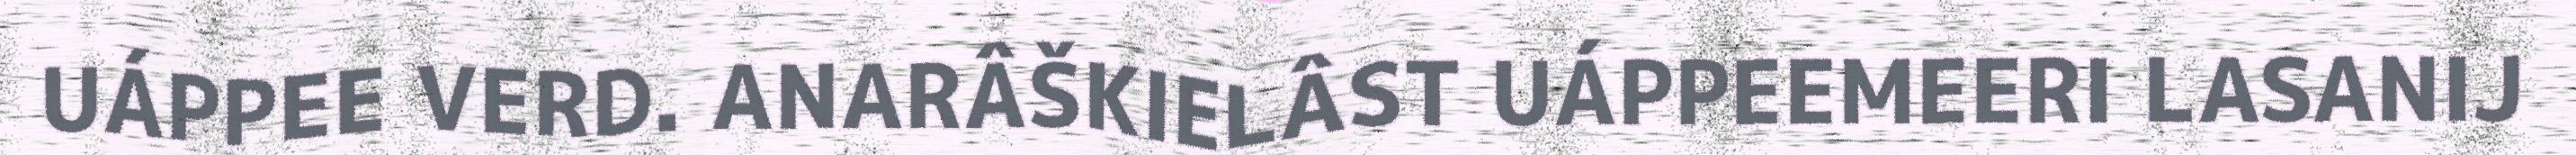
UÁPPEE VERD. ANARÂŠKIELÂST UÁPPEEMEERI LASANIJ